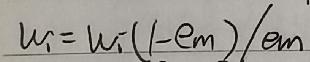
$w_{i}=w_{i}(1 - e_{m})/e_{m}$